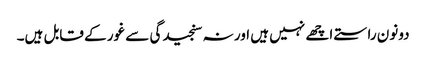
دونون راستے اچھے نہیں ہیں اور نہ سنجیدگی سے غور کے قابل ہیں۔